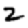
Digit: 2